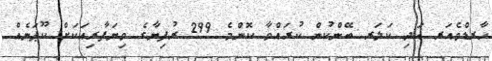
ހާރޑްވެއަރ އަދި ކަލަރ ބޭންކުން ކުރައްވާ ކޮންމެ 299 ރުފިޔާގެ ވިޔަފާރިއަކަށް ކޫޕަނެއް